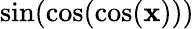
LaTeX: \sin(\cos(\cos(\mathbf{x})))